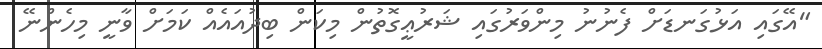
"އޭގައި އަޅުގަނޑަށް ފެނުނު މިންވަރުގައި ޝަރުޢީގޮތުން މިކަން ބިދުއައެއް ކަމަށް ވާނީ މިހެންނޭ